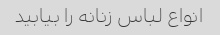
انواع لباس زنانه را بیابید